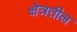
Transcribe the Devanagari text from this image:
क्षेत्रतील